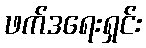
ဖက်ဒရေးရှင်း